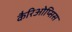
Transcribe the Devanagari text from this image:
कैरिओप्सिस